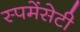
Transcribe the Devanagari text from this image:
स्पमेंसेटी